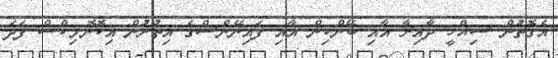
އެގޮތުން ސިއްހީ ދާއިރާ އާއި ބޭންކިން އާއި ފައިނޭންސްގެ އިތުރުން އިކޮނޮމިކްސް ފަދަ